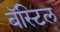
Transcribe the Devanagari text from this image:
बॅस्टिल